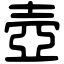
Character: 壺